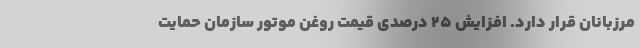
مرزبانان قرار دارد. افزایش ۲۵ درصدی قیمت روغن موتور سازمان حمایت